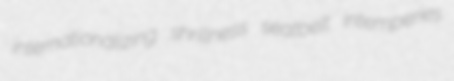
internationalizing shrillness seatbelt intemperies